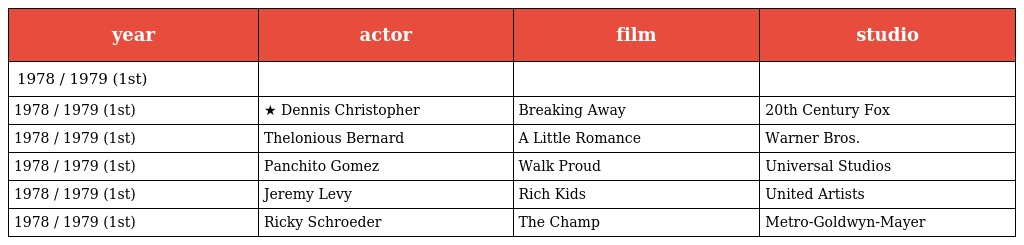
| year | actor | film | studio |
 | --- | --- | --- | --- |
 | 1978 / 1979 (1st) |  |  |  |
 | 1978 / 1979 (1st) | ★ Dennis Christopher | Breaking Away | 20th Century Fox |
 | 1978 / 1979 (1st) | Thelonious Bernard | A Little Romance | Warner Bros. |
 | 1978 / 1979 (1st) | Panchito Gomez | Walk Proud | Universal Studios |
 | 1978 / 1979 (1st) | Jeremy Levy | Rich Kids | United Artists |
 | 1978 / 1979 (1st) | Ricky Schroeder | The Champ | Metro-Goldwyn-Mayer |